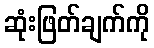
ဆုံးဖြတ်ချက်ကို